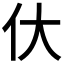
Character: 㐲